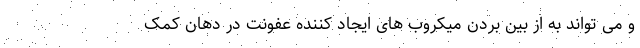
و می تواند به از بین بردن میکروب های ایجاد کننده عفونت در دهان کمک